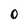
Character: O